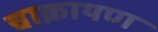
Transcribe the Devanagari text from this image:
चाक्रायण